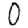
Digit: 0